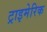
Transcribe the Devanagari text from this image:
ट्राइमेरिक